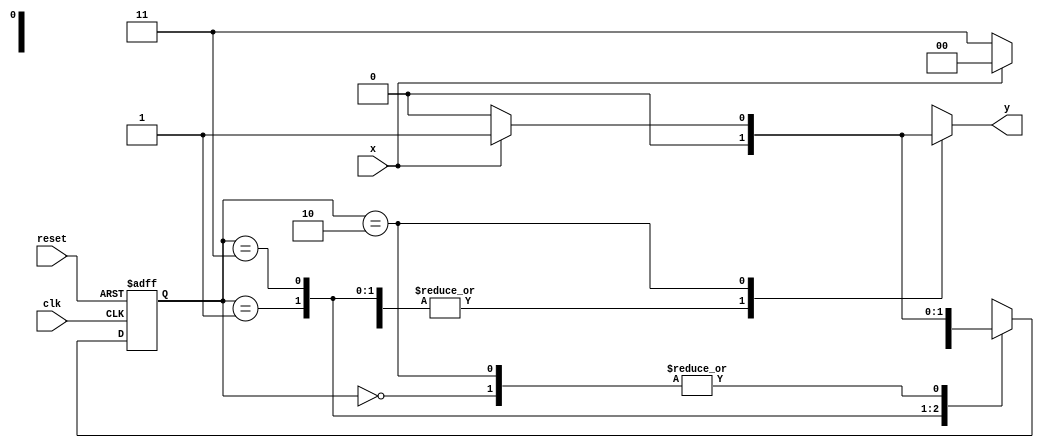
// --- Mealy FSM -----------------------
// -------------------------------------
// constant definitions
`define found 1
`define notfound 0
// FSM by Mealy
module Mealy1010 ( y, x, clk, reset );
output y;
input x;
input clk;
input reset;
reg y;
parameter // state identifiers
start = 2'b00,
id1 = 2'b01,
id11 = 2'b11,
id110 = 2'b10;
reg [1:0] E1; // current state variables
reg [1:0] E2; // next state logic output
// next state logic
always @( x or E1 )
begin
y = `notfound;
case ( E1 )
start:
if ( x )
E2 = id1;
else
E2 = start;
id1:
if ( x )
E2 = start;
else
E2 = id11;
id11:
if ( x )
E2 = id11;
else
E2 = id110;
id110:
if ( x )
begin
E2 = id1;
y = `found;
end
else
begin
E2 = start;
y = `notfound;
end
default: // undefined state
E2 = 2'bxx;
endcase
end // always at signal or state changing
// state variables
always @( posedge clk or negedge reset )
begin
if ( reset )
E1 = E2; // updates current state
else
E1 = 0; // reset
end // always at signal changing
endmodule // mealy1010